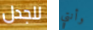
للجدل وأنتي